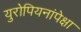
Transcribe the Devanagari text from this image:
युरोपियनांपेक्षा